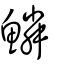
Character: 鱗